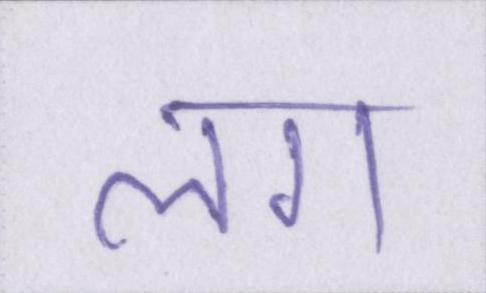
लग